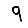
Digit: 9